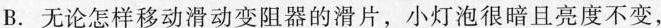
B.无论怎样移动滑动变阻器的滑片，小灯泡很暗且亮度不变，